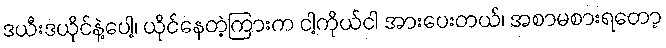
ဒယီးဒယိုင်နဲ့ပေါ့၊ ယိုင်နေတဲ့ကြားက ငါ့ကိုယ်ငါ အားပေးတယ်၊ အစာမစားရတော့